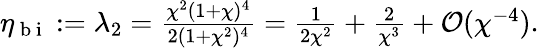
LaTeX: \textstyle\eta_{\mathrm{~b~i~}}:=\lambda_{2}=\frac{\chi^{2}(1+\chi)^{4}}{2(1+\chi^{2})^{4}}=\frac{1}{2\chi^{2}}+\frac{2}{\chi^{3}}+\mathcal{O}(\chi^{-4}).